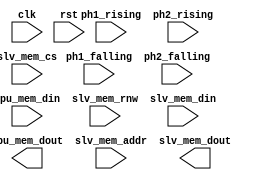
module ppu_ri(
    input  wire        clk,        // 25 MHz
    input  wire        rst,        // reset signal
    input  wire 	   ph1_rising,
	input  wire		   ph1_falling,
	input  wire		   ph2_rising,
	input  wire		   ph2_falling,

    //input  wire        vblank_in,         // high during vertical blank

    // PPU interface for memory access
	input  wire [ 7:0] ppu_mem_din,
	output wire [ 7:0] ppu_mem_dout,
	
    //input  wire [ 7:0] spr_ram_d_in,      // sprite ram data (for 0x2004 reads)
    //input  wire        spr_overflow_in,   // more than 8 sprites hit on a scanline during last frame
    //input  wire        spr_pri_col_in,    // primary object collision in last frame

    // register interface or interface to cpu
	input  wire [ 2:0] slv_mem_addr,      // register interface reg select (#2000-#2007)
	input  wire        slv_mem_cs,       // register interface enable (#2000 - #3FFF just when it is active)
	input  wire        slv_mem_rnw,       // register interface cpu read not write
	input  wire [ 7:0] slv_mem_din,       // register interface data in (cpu data lane)
	output wire [ 7:0] slv_mem_dout       // register interface data out (cpu data lane)
    );

//*****************************************************************************
//* Generating controll signals                                          	  *
//*****************************************************************************
//register write enable signals
wire control_wr     = ph2_falling & slv_mem_cs & ~slv_mem_rnw & (slv_mem_addr == 3'b000); //CTRL register write #2000
wire render_mask_wr = ph2_falling & slv_mem_cs & ~slv_mem_rnw & (slv_mem_addr == 3'b001); //MASK register write #2001
wire oam_addr_wr    = ph2_falling & slv_mem_cs & ~slv_mem_rnw & (slv_mem_addr == 3'b011); //OAM read/write address #2003
wire oam_data_wr    = ph2_falling & slv_mem_cs & ~slv_mem_rnw & (slv_mem_addr == 3'b100); //OAM data read/write #2004
wire scrolling_wr   = ph2_falling & slv_mem_cs & ~slv_mem_rnw & (slv_mem_addr == 3'b101); //fine scroll position (two writes: X scroll, Y scroll) #2005
wire vram_addr_wr   = ph2_falling & slv_mem_cs & ~slv_mem_rnv & (slv_mem_addr == 3'b110); //PPU read/write address (two writes: most significant byte, least significant byte) #2006
wire vram_data_wr   = ph2_falling & slv_mem_cs & ~slv_mem_rnv & (slv_mem_addr == 3'b111); //PPU data read/write #2007

//Register read enable signals
wire status_rd      = slv_mem_cs & slv_mem_rnw & (slv_mem_addr == 3'b010);
wire oam_data_rd    = slv_mem_cs & slv_mem_rnv & (slv_mem_addr == 3'b100);
wire vram_data_rd   = slv_mem_cs & slv_mem_rnv & (slv_mem_addr == 3'b111);

//*****************************************************************************
//* Second write of 16 bit registers   (scrolling, vram_addr)             	  *
//* W first or second write toggle                                         	  *
//*****************************************************************************
reg second_write;

always @ (posedge clk) 
begin
    if (rst || (status_rd && ph2_falling))
        second_write <= 1'b0;
    else
        if (scrolling_wr || vram_addr_wr)
            second_write <= ~second_write;
end

//*****************************************************************************
//* Controll register write                                               	  *
//*****************************************************************************
reg [5:0] control_reg;

always @ (posedge clk) 
begin
    if (rst)
        control_reg <= 5'b10000;
    else
        if (control_wr)
            control_reg <= {slv_mem_din[7], slv_mem_din[5:2]};   
end

wire vram_address_inc_sel   = control_reg[0]; // VRAM address increment per CPU read/write of PPUDATA
                                              // (0: add 1, going across; 1: add 32, going down)
wire sprite_pattern_sel     = control_reg[1]; // Sprite pattern table address for 8x8 sprites
wire background_pattern_sel = control_reg[2]; // Background pattern table address (0: $0000; 1: $1000)
wire sprite_size            = control_reg[3]; // 0: 8x8 pixels; 1: 8x16 pixels
wire vram_irq_enable        = control_reg[4]; // Generate an NMI at the start of the vertical blanking interval 
                                              // (0: off; 1: on)

//*****************************************************************************
//* PPU mask register/ controll reg 2                                      	  *
//*****************************************************************************
reg [7:0] render_mask_reg;

always @ (posedge clk) 
begin
    if (rst)
        render_mask_wr <= 8'd0;
    else
        if (render_mask_wr)
            render_mask_reg <= slv_mem_din;    
end

wire monochrome_mode     = render_mask_reg[0]; // Greyscale (0: normal color, 1: produce a greyscale display)
wire background_clipping = render_mask_reg[1]; // 1: Show background in leftmost 8 pixels of screen, 0: Hide
wire sprite_clipping     = render_mask_reg[2]; // 1: Show sprites in leftmost 8 pixels of screen, 0: Hide
wire background_enabled  = render_mask_reg[3];
wire sprite_enabled 	 = render_mask_reg[4];
wire emphasize_r         = render_mask_reg[5];
wire emphesize_g 		 = render_mask_reg[6];
wire emphesize_b 		 = render_mask_reg[7];


wire ppu_enable = background_enabled | sprite_enabled;

//*****************************************************************************
//* PPU status register read                                             	  *
//*****************************************************************************
//Vertical blank flag
reg  [2:0] vblank;
wire [2:0] vblank_set;
wire       vblank_clr;

always @(posedge clk) 
begin
    if (rst || vblank_clr || (status_rd && ph2_falling))
        vblank <= 3'b000;
    else
        if (vblank_set[0])
            vblank <= 3'b001;
        else
            if(vblank[1] || vblank_set[2])
                vblank <= {vblank[1:0], 1'b0};
end

//Sprite 0 collision flag
reg  sprite0_hit;
wire sprite0_hit_set;

always @ (posedge clk) 
begin
    if (rst || vblank_clr)
        sprite0_hit <= 1'b0;
    else
        if (sprite0_hit_set && (sprite0_hit == 0))
            sprite0_hit <= 1'b1;
end

//Lost sprite flag
reg  lost_sprites;
wire lost_sprites_set;

always @ (posedge clk) 
begin
    if (rst || vblank_clr)
        lost_sprites <= 1'b0;
    else
        if (lost_sprites_set && (lost_sprites == 0))
            lost_sprites <= 1'b1;
end

//Value of the status register.
wire [7:0] status_reg = {|vblank[2:1], sprite0_hit, lost_sprites, 5'd0};

//Driving the interupt flag
reg  interupt_flag;
wire interupt_clr;

always @ (posedge clk) 
begin
    if (rst || interupt_clr || (status_rd && ph2_falling))
        interupt_flag <= 1'b0;
    else
        if (vblank_set[2] && vblank[1])
            interupt_flag <= 1'b0;
end

always @ (posedge clk) 
begin
    if (rst)
        irq <= 1'b0;
    else
        irq <= interupt_flag & vblank_irq_enable; //cpu irq?
end

//*****************************************************************************
//* Fine horizontal scroll (FH) register                                   	  *
//*****************************************************************************
reg [2:0] fh_reg;

always @ (posedge clk) 
begin
    if (rst)
        fh_reg <= 3'b000;
    else
        if (scrolling_wr && (second_write == 0))
            fh_reg <= slv_mem_din[2:0];
end

//*****************************************************************************
//* Horizontal tile index (HT) register                                 	  *
//*****************************************************************************
reg [4:0] ht_reg;

always @(posedge clk) 
begin
    if (rst)
        ht_reg <= 5'd0;
    else
        case ({second_write, vram_addr_wr, scrolling_wr})
            3'b001: ht_reg <= slv_mem_din[7:3];
            3'b110: ht_reg <= slv_mem_din[4:0];
        endcase    
end

//*****************************************************************************
//* Verical tile index (VT) register                                     	  *
//*****************************************************************************
reg  [2:0] vt_reg1;
reg  [1:0] vt_reg2;
wire [4:0] vt_reg = {vt_reg2, vt_reg1};

always @ (posedge clk) 
begin
    if (rst)
        vt_reg1 <= 3'd0;
    else
        case ({second_write, vram_addr_wr, scrolling_wr})
            3'b101: vt_reg1 <= slv_mem_din[5:3];
            3'b110: vt_reg1 <= slv_mem_din[7:5];
        endcase
end

always @ (posedge clk) 
begin
    if (rst)
        vt_reg2 <= 2'd0;
    else
        case ({second_write, vram_addr_wr, scrolling_wr})
            3'b101: vt_reg2 <= slv_mem_din[7:6];
            3'b010: vt_reg2 <= slv_mem_din[1:0];
        endcase
end

//*****************************************************************************
//* Horizontal name table select (H) register                              	  *
//*****************************************************************************
reg h_reg;

always @ (posedge clk) 
begin
    if (rst)
        h_reg <= 0;
    else
        case ({second_write, vram_addr_wr, control_wr})
            3'b001: h_reg <= slv_mem_din[0];
            3'b101: h_reg <= slv_mem_din[0];
            3'b010: h_reg <= slv_mem_din[2];
        endcase    
end

//*****************************************************************************
//* Verical name table select (V) register                              	  *
//*****************************************************************************
reg v_reg;

always @ (posedge clk) 
begin
    if (rst)
        v_reg <= 1'b0;
    else
        case ({second_write, vram_addr_wr, control_wr})
            3'b001: v_reg <= slv_mem_din[1];
            3'b101: v_reg <= slv_mem_din[1];
            3'b010: v_reg <= slv_mem_din[3];
        endcase
end

//*****************************************************************************
//* Fine vertical scroll (FV) register                                    	  *
//*****************************************************************************
reg [2:0] fv_reg;

always @ (posedge clk) 
begin
    if (rst)
        fv_reg <= 3'd0;
    else
        case ({second_write, vram_addr_wr, scrolling_wr})
            3'b101: fv_reg <= slv_mem_din[2:0];
            3'b010: fv_reg <= {1'b0, slv_mem_din[5:4]};
        endcase
end

//*****************************************************************************
//* Tile index register                                                 	  *
//*****************************************************************************
reg [7:0] tile_index_reg;
wire      nametable_read;

always @ (posedge clk) 
begin
    if (rst)
        tile_index_reg <= 8'd0;
    else
        if (nametable_read)
            tile_index_reg <= ppu_mem_din;
end

//*****************************************************************************
//* Tile attribute (palette select) register                              	  *
//*****************************************************************************
reg  [1:0] tile_attr_reg;
wire       attribute_read;
wire [1:0] attribute_sel;

always @ (posedge clk) 
begin
    if (rst)
        tile_attr_reg <= 2'b00;
    else
        if (attribute_read)
            case (attribute_sel)
                2'b00: tile_attr_reg <= ppu_mem_din[1:0];
                2'b01: tile_attr_reg <= ppu_mem_din[3:2];
                2'b10: tile_attr_reg <= ppu_mem_din[5:4];
                2'b11: tile_attr_reg <= ppu_mem_din[7:6];
            endcase     
end


/*
reg [2:0] fv;   // fine vertical scroll latch
reg [4:0] vt;   // vertical tile index latch
reg [2:0] fh;   // fine horizontal scroll latch
reg [4:0] ht;   // horizontal tile index latch
reg       s;    // playfield pattern table selection latch

//
// Output Latches
//
reg [7:0] cpu_d_out;      // output data bus latch for 0x2007 reads
reg       upd_cntrs_out;  // output latch for upd_cntrs_out


reg nmi_en;            // 0x2000[7]: enables an NMI interrupt on vblank

reg spr_size;          // 0x2000[5]: select 8/16 scanline high sprites
reg spr_pt_sel;        // 0x2000[3]: sprite pattern table select (0: $0000; 1: $1000; ignored in 8x16 mode)
reg addr_incr;         // 0x2000[2]: amount to increment addr on 0x2007 access.
                                        // (0: add 1, going across; 1: add 32, going down)
reg nt_h;    // horizontal name table, selection latch          0x2000[1]-> base NT address
reg nt_v;    // vertical name table, selection latch            0x2000[0]-> base NT address
                            // (0 = $2000; 1 = $2400; 2 = $2800; 3 = $2C00)
// 0x2000[6]-> master/slave select, 0x2000[4]-> background pattern table address

reg emphasize_blue;       // 0x2001[7]: Emphasize blue
reg emphasize_green;      // 0x2001[6]: Emphasize green 
reg emphasize_red;        // 0x2001[5]: Emphasize red 
reg spr_en;               // 0x2001[4]: enables sprite rendering
reg bg_en;                // 0x2001[3]: enables background rendering
reg spr_ls_clip;          // 0x2001[2]: left side screen column (8 pixel) object clipping
reg bg_ls_clip;           // 0x2001[1]: left side screen column (8 pixel) bg clipping
// 0x2001[0]: Greyscale (0: normal color, 1: produce a greyscale display)

// spr_overflow_in, spr_pri_col_in
reg vblank;               // 0x2002[7]: indicates a vblank is occurring

//
// Internal State Registers
//
reg       byte_sel;   // tracks if next 0x2005/0x2006 write is high or low byte
reg [7:0] rd_buf;     // internal latch for buffered 0x2007 reads
reg       rd_rdy;     // controls q_rd_buf updates
reg [7:0] spr_ram_a;  // sprite ram pointer (set on 0x2003 write)

// detect falling edges
reg       q_ncs_in;                  // last ncs signal
reg       q_vblank_in;               // last vblank_in signal

always @ (posedge clk)
begin
    if (rst)
      q_ncs_in      <= 1'b1;
    else
      q_ncs_in      <= ncs_in;
end

parameter PPUCTRL = 3'd0;
parameter PPUMASK = 3'd1;
parameter PPUSTATUS = 3'd2;
parameter OAMADDR = 3'd3;
parameter OAMDATA = 3'd4;
parameter PPUSCROLL = 3'd5;
parameter PPUADDR = 3'd6;
parameter PPUDATA = 3'd7;
*/

/*
always @ (posedge clk)
begin
    if (rst)
    begin
        //reset all the registers
        
    end
    else
    begin
        // detection of ncs once because CPU is slower then PPU
        if (q_ncs_in & ~ncs_in)
        begin
            if (r_nw_in) // if we performew a read
            begin
                case(sel_in)
                    PPUSTATUS: begin
                        
                    end
                    OAMDATA: begin
                        
                    end
                    PPUDATA: begin
                        
                    end
                endcase
            end
            else // if we performe a write
            begin
                case(sel_in)
                    PPUCTRL: begin
                        
                    end
                    PPUMASK: begin
                        
                    end
                    OAMADDR: begin
                        
                    end
                    OAMDATA: begin
                        
                    end
                    PPUSCROLL:begin
                        
                    end
                    PPUADDR:begin
                        
                    end
                    PPUDATA:begin
                        
                    end
                endcase
            end
        end
    end
end
*/
endmodule